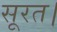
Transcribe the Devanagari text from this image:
सूरत।